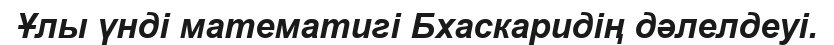
Ұлы үнді математигі Бхаскаридің дәлелдеуі.